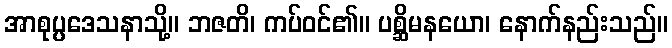
အာစုပ္ပဒေသနာသို့။ ဘဇတိ၊ ကပ်ဝင်၏။ ပစ္ဆိမနယော၊ နောက်နည်းသည်။